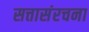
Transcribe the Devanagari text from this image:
सत्तासंरचना